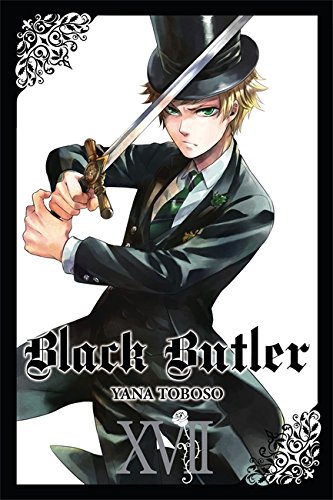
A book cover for Black Butler, Vol. 17; Comics & Graphic Novels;